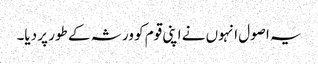
یہ اصول انہوں نے اپنی قوم کو ورثہ کے طور پر دیا۔